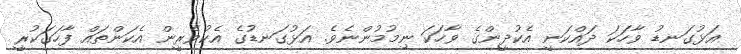
އަޅުގަނޑު ވާހަކަ ދައްކަނީ އެކުދީންގެ ވާހަކަ ނިމުމުންނެވެ. އަޅުގަނޑުގެ އެކުވެރީން އެކަންތައް ފާހަގަކުރީ